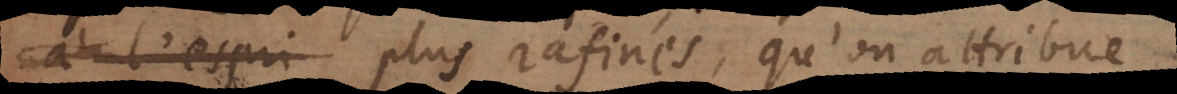
les plus rafinés, qu’on attribue